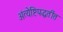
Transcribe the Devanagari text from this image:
अंत्येष्टिपद्धतींत